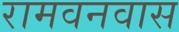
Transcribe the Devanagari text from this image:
रामवनवास